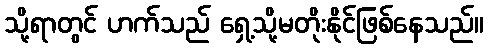
သို့ရာတွင် ဟက်သည် ရှေ့သို့မတိုးနိုင်ဖြစ်နေသည်။